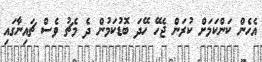
އެހެން ކަންކަމަށް ކުރަން ޖެހޭ ހޭދަ ބޮޑުކަމުން ދެ މެޗު ވެސް ޗައިނާގައި